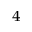
_ 4